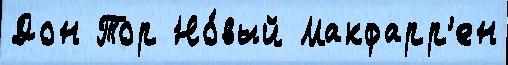
Дон Тор Но́вый Макфарр'ен